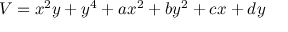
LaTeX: V = x ^ { 2 } y + y ^ { 4 } + a x ^ { 2 } + b y ^ { 2 } + c x + d y